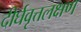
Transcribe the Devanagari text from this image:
दीर्घवृत्तलक्षण